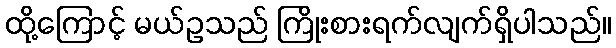
ထို့ကြောင့် မယ်ဥသည် ကြိုးစားရက်လျက်ရှိပါသည်။